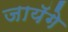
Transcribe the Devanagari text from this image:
जायॅगे